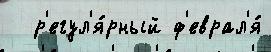
  р'егул'я́рный ф'еврал'я́